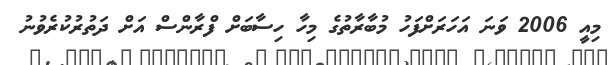
މިއީ 2006 ވަނަ އަހަރަށްފަހު މުބާރާތުގެ މިހާ ހިސާބަށް ފްރާންސް އަށް ދަތުރުކުރެވުނު